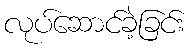
လုပ်ဆောင်ခဲ့ခြင်း